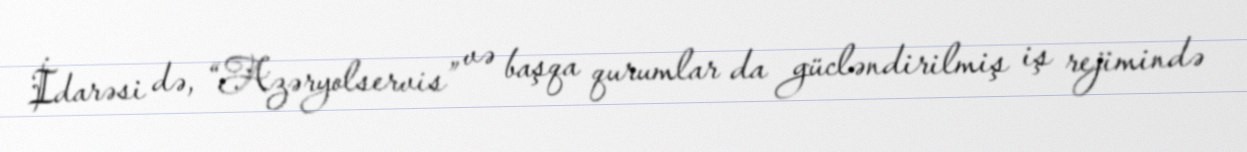
İdarəsi də, “Azəryolservis” və başqa qurumlar da gücləndirilmiş iş rejimində